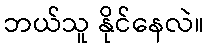
ဘယ်သူ နိုင်နေလဲ။